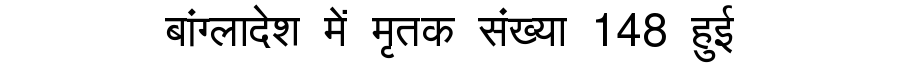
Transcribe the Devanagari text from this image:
बांग्लादेश में मृतक संख्या 148 हुई